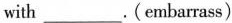
with ___ . (embarrass)